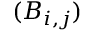
( B _ { i , j } )